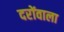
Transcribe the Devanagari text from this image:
दरोंवाला